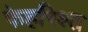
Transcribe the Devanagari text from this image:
फेहरिश्त